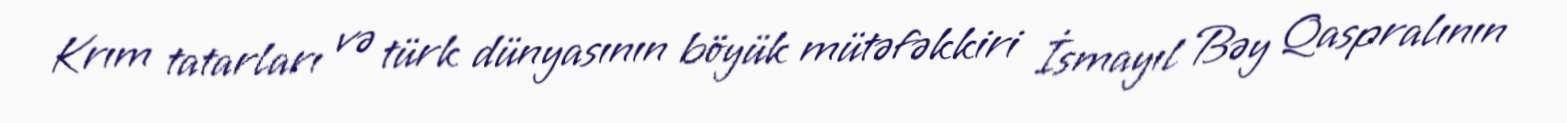
Krım tatarları və türk dünyasının böyük mütəfəkkiri İsmayıl Bəy Qaspralının